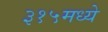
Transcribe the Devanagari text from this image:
३१५मध्ये